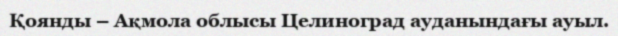
Қоянды – Ақмола облысы Целиноград ауданындағы ауыл.